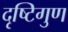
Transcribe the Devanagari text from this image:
दृष्टिगुण